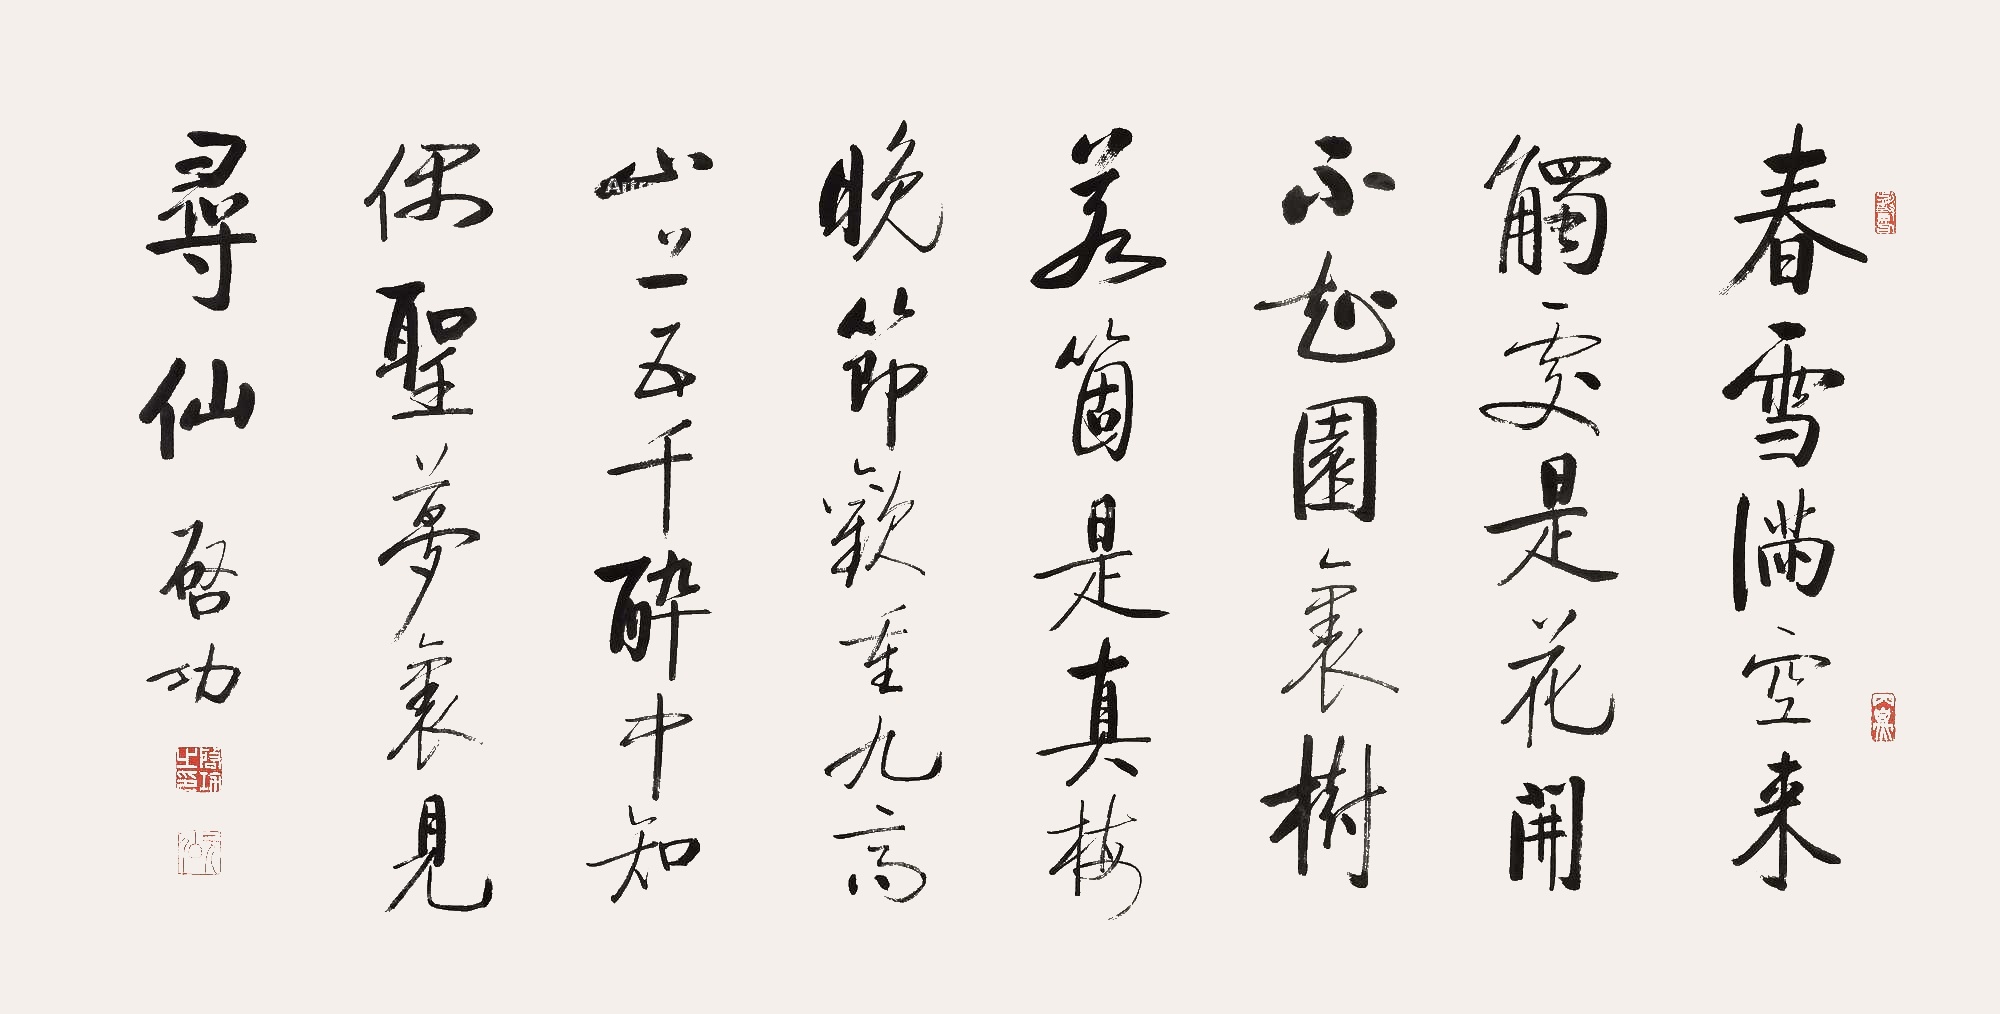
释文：春雪满空来，触处似花开。不知园里树，若个是真梅。晚节欢重九，高山上五千。醉中知遇圣，梦里见寻仙。启功。